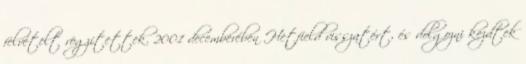
felvételt rögzítettek. 2001 decemberében Hetfield visszatért, és dolgozni kezdtek